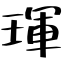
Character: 琿